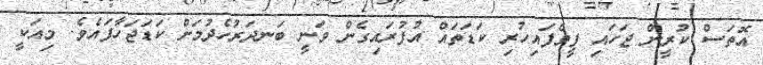
އޮތަސް ކުރީން ޖަހައި ފީވެފައިހުރި ކަޑަތައް އުފުރައިގެން ވަނީ ބަނދަރުހެދުމަށް ކަޑަޖަހާފައެވެ. މިއަކީ